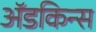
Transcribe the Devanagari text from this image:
अॅडकिन्स